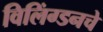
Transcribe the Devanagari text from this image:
विलिंग्डनचे